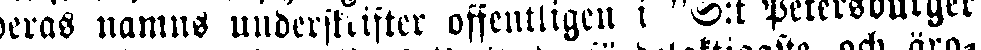
deras namns undersktifter offentligen i S:t Petersburger